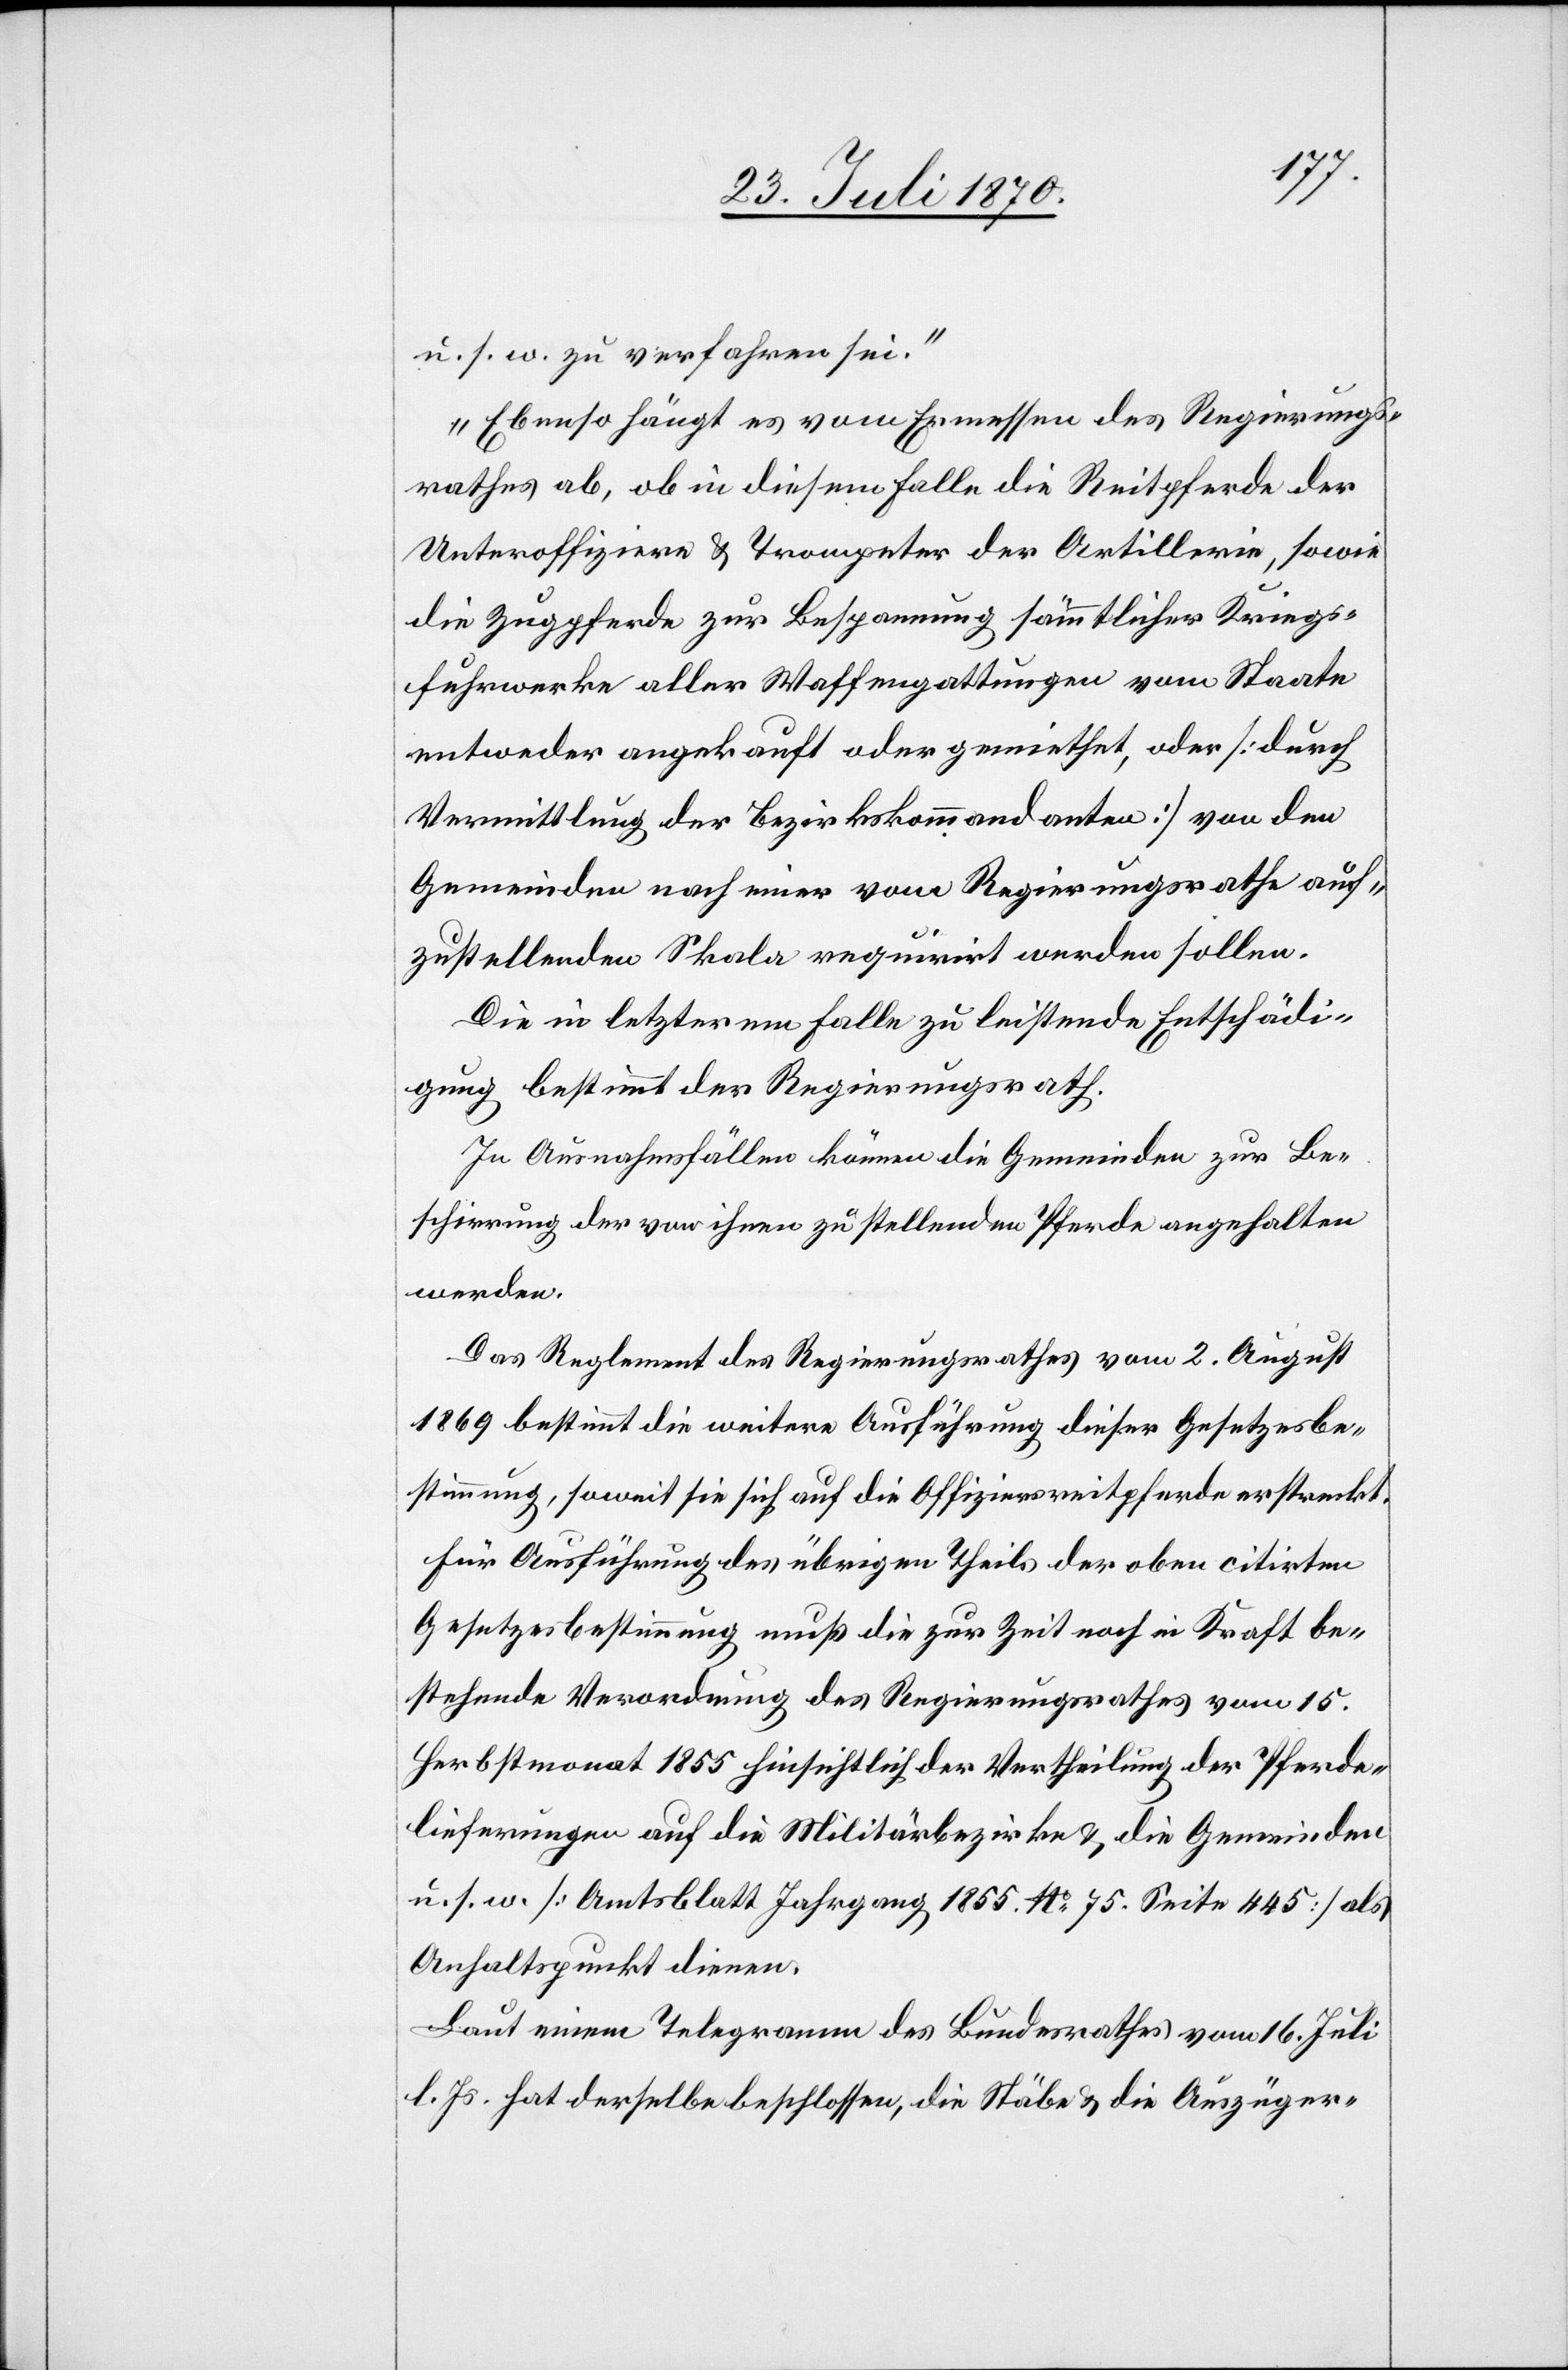
usw. zu verfahren sei.“
„Ebenso hängt es vom Ermessen des Regierungs¬
rathes ab, ob in diesem Falle die Reitpferde der
Unteroffiziere & Trompeter der Artillerie, sowie
die Zugpferde zur Bespannung sämmtlicher Kriegs¬
fuhrwerke aller Waffengattungen vom Staate
entweder angekauft oder gemiethet, oder [durch
Vermittlung der Bezirkskommandanten] von den
Gemeinden nach einer vom Regierungsrathe auf¬
zustellenden Skala requirirt werden sollen.
Die im letzterm Falle zu leistende Entschädi¬
gung bestimmt der Regierungsrath.
In Ausnahmsfällen können die Gemeinden zur Be¬
schirrung der von ihnen zu stellenden Pferde angehalten
werden.
Das Reglement des Regierungsrathes vom 2. August
1869 bestimmt die weitere Ausführung dieser Gesetzesbe¬
stimmung, soweit sie sich auf die Offiziersreitpferde erstreckt.
Für Ausführung des übrigen Theils der oben citirten
Gesetzesbestimmung muß die zur Zeit noch in Kraft be¬
stehende Verordnung des Regierungsrathes vom 15.
Herbstmonat 1855 hinsichtlich der Vertheilung der Pferde¬
lieferungen auf die Militärbezirke & die Gemeinden
u. s. w. [Amtsblatt Jahrgang 1855. No 75. Seite 445] als
Anhaltspunkt dienen.
Laut einem Telegramm des Bundesrathes vom 16. Juli
l. Js. hat derselbe beschlossen, die Stäbe & die Auszüger-